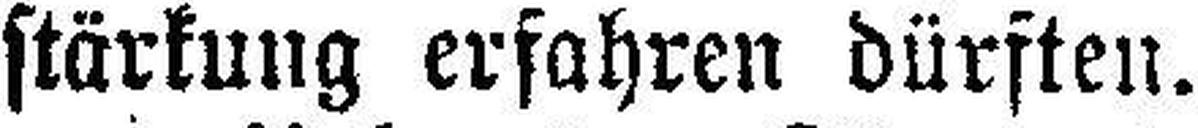
stärkung erfahren dürften.